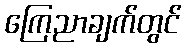
ကြေညာချက်တွင်